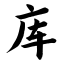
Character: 库